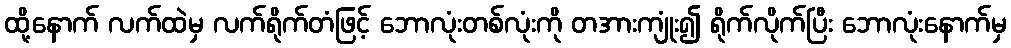
ထို့နောက် လက်ထဲမှ လက်ရိုက်တံဖြင့် ဘောလုံးတစ်လုံးကို တအားကျုံး၍ ရိုက်လိုက်ပြီး ဘောလုံးနောက်မှ